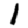
Digit: 1